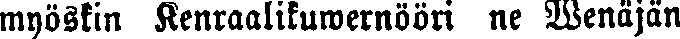
myöskin Kenraalikuwernööri ne Wenäjän